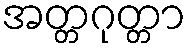
အတ္တဂုတ္တာ